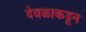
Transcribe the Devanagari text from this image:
देवळाकडून